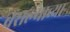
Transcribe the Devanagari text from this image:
बसल्याच्या